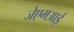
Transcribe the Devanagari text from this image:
जेएमआई